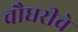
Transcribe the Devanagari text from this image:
चौधरीचे